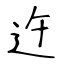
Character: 迕